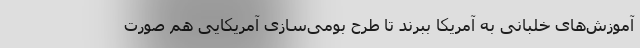
آموزش‌های خلبانی به آمریکا ببرند تا طرح بومی‌سازی آمریکایی هم صورت